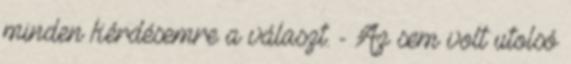
minden kérdésemre a választ. - Az sem volt utolsó